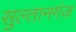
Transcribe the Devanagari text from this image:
सुल्‍तानगंज